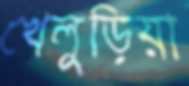
খেলুড়িয়া